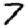
Digit: 7